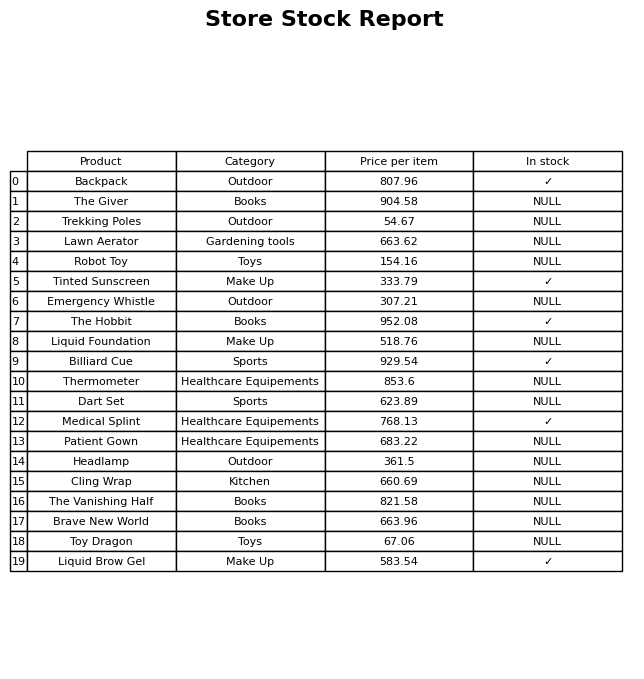
question: What is the price for The Giver?
answer: The price of The Giver is 904.58.